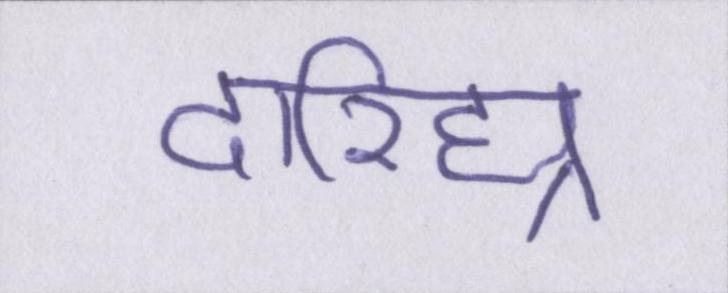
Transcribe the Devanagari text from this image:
दारिद्र्य